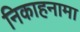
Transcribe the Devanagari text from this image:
निकाहनामा